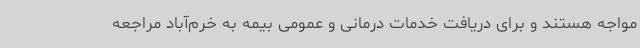
مواجه هستند و برای دریافت خدمات درمانی و عمومی بیمه به خرم‌آباد مراجعه